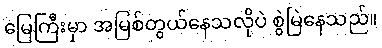
မြေကြီးမှာ အမြစ်တွယ်နေသလိုပဲ စွဲမြဲနေသည်။